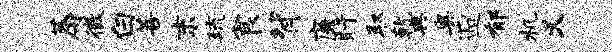
蓐徵白菩末琉食背廉盱取乾典奥逅郁机义